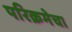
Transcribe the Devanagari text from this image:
परिक्रमेचा